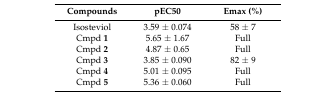
| Compounds | pEC50 | Emax (%) |
 | --- | --- | --- |
 | Isosteviol | 3.59 ± 0.074 | 58 ± 7 |
 | Cmpd 1 | 5.65 ± 1.67 | Full |
 | Cmpd 2 | 4.87 ± 0.65 | Full |
 | Cmpd 3 | 3.85 ± 0.090 | 82 ± 9 |
 | Cmpd 4 | 5.01 ± 0.095 | Full |
 | Cmpd 5 | 5.36 ± 0.060 | Full |